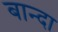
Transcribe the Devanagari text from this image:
बान्दा